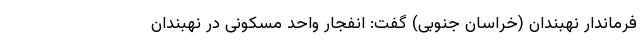
فرماندار نهبندان (خراسان جنوبی) گفت: انفجار واحد مسکونی در نهبندان